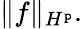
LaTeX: \| f\| _{H^{\mathtt{p}}}.